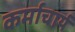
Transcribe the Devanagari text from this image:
कर्माचार्य